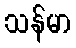
သန်မာ